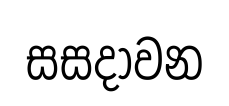
සසදාවන